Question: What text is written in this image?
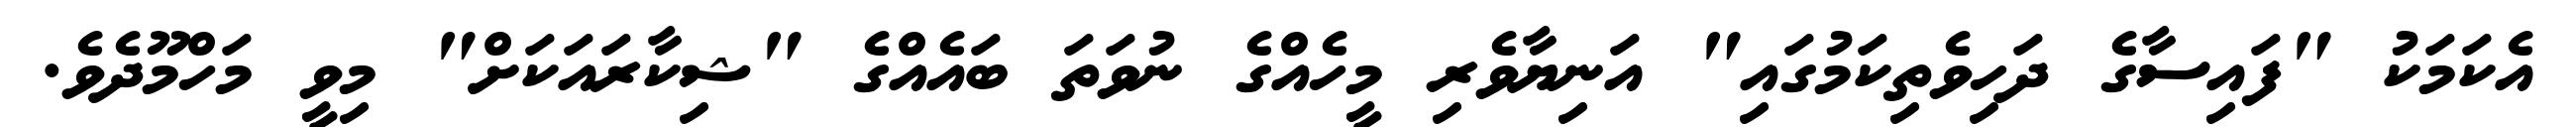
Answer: އެކަމަކު "ފައިސާގެ ދަހިވެތިކަމުގައި" އަނިޔާވެރި މީހެއްގެ ނުވަތަ ބައެއްގެ "ޝިކާރައަކަށް" މިވީ މަހްމޫދެވެ.